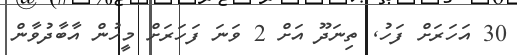
30 އަހަރަށް ފަހު